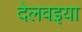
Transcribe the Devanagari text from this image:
देलवइया